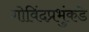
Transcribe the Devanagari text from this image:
गोविंदप्रभुंकडे